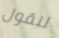
لنقول